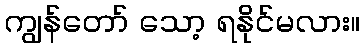
ကျွန်တော် သော့ ရနိုင်မလား။